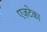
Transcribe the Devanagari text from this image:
एज़टेका